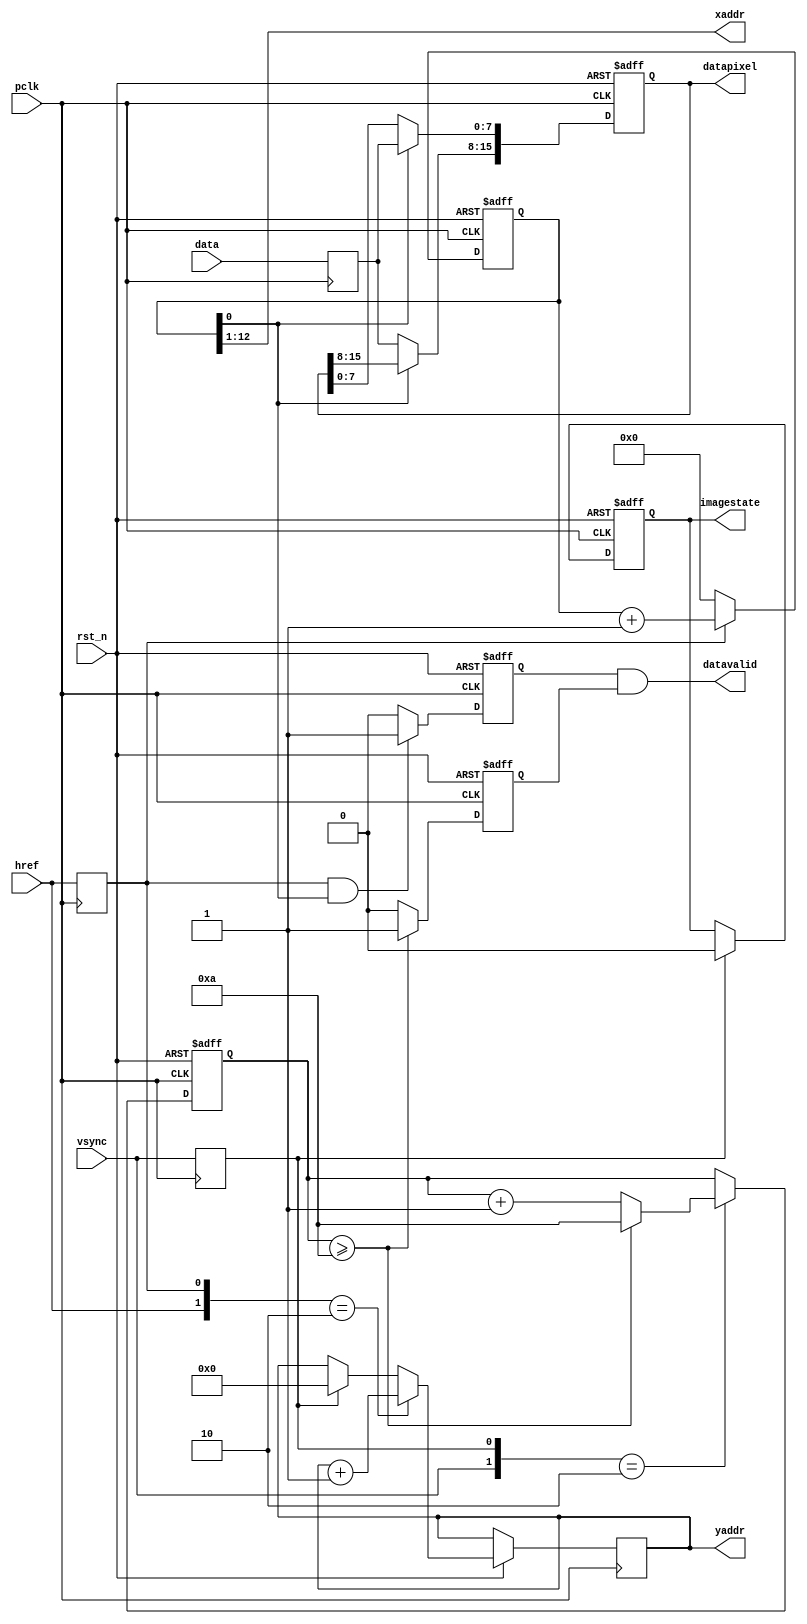
module DVP_capture(
	
	pclk,
	rst_n,
	vsync,
	href,
	data,
	datapixel,
	datavalid,
	imagestate,
	xaddr,
	yaddr

);
	
	input pclk;
	input rst_n;
	input vsync;
	input href;
	input [7:0]data;
	
	output [15:0]datapixel;
	output datavalid;
	output reg imagestate;
	output [11:0]xaddr;
	output [11:0]yaddr;


	reg [3:0] frame_cnt;
	reg [11:0] row_cnt;
	reg [12:0]pixel_cnt;
	
	reg r_vsync;
	reg r_href;
	reg [7:0]r_data;
	reg [15:0] r_datapixel;
	
	always@(posedge pclk) begin
		r_vsync <= vsync;
		r_href <= href;
		r_data <= data;
	end
	
	always@(posedge pclk or negedge rst_n)
		if(!rst_n)
			imagestate <= 1;
		else if(r_vsync)
			imagestate <= 0;
	
	
	always@(posedge pclk or negedge rst_n)
		if(!rst_n)
			frame_cnt <= 0;
		else if({vsync,r_vsync} == 2'b10)begin
			if(frame_cnt >= 10)
				frame_cnt <= 10;
			else
				frame_cnt <= frame_cnt + 1;
		end
		else
			frame_cnt <= frame_cnt;
			
	always@(posedge pclk or negedge rst_n)
		if(!rst_n)
			row_cnt <= row_cnt;
		else if({href,r_href} == 2'b10)	
			row_cnt <= row_cnt + 1;
		else if(r_vsync)
			row_cnt <= 0;
		else
			row_cnt <= row_cnt;
	
	always@(posedge pclk or negedge rst_n)
		if(!rst_n)
			r_datapixel <= 0;
		else if(!pixel_cnt[0])
			r_datapixel[15:8] <= r_data;
		else
			r_datapixel[7:0] <= r_data;
	

	always@(posedge pclk or negedge rst_n)
		if(!rst_n)
			pixel_cnt <= 0;
		else if(r_href)
			pixel_cnt <= pixel_cnt + 1;
		else 
			pixel_cnt <= 0;
	reg r_datavalid;
	always@(posedge pclk or negedge rst_n)	
		
		if(!rst_n)
			r_datavalid <= 0;
		else if(r_href && pixel_cnt[0])
			r_datavalid <= 1;
		else
			r_datavalid <= 0;
	reg dump_frame;
	
	always@(posedge pclk or negedge rst_n)
		if(!rst_n)	
			dump_frame <= 0;
		else if(frame_cnt >= 10)
			dump_frame <= 1;
		else
			dump_frame <= 0;
			
	
	assign yaddr = row_cnt;		
	assign xaddr = pixel_cnt[12:1];
	
	assign datapixel = r_datapixel;
	assign datavalid = r_datavalid && dump_frame;
	



endmodule